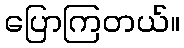
ပြောကြတယ်။